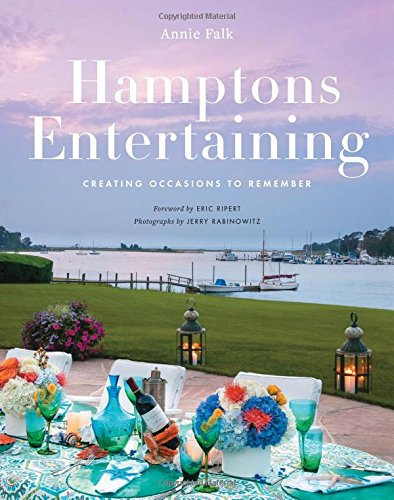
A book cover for Hamptons Entertaining: Creating Occasions to Remember; Annie Falk; Cookbooks, Food & Wine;